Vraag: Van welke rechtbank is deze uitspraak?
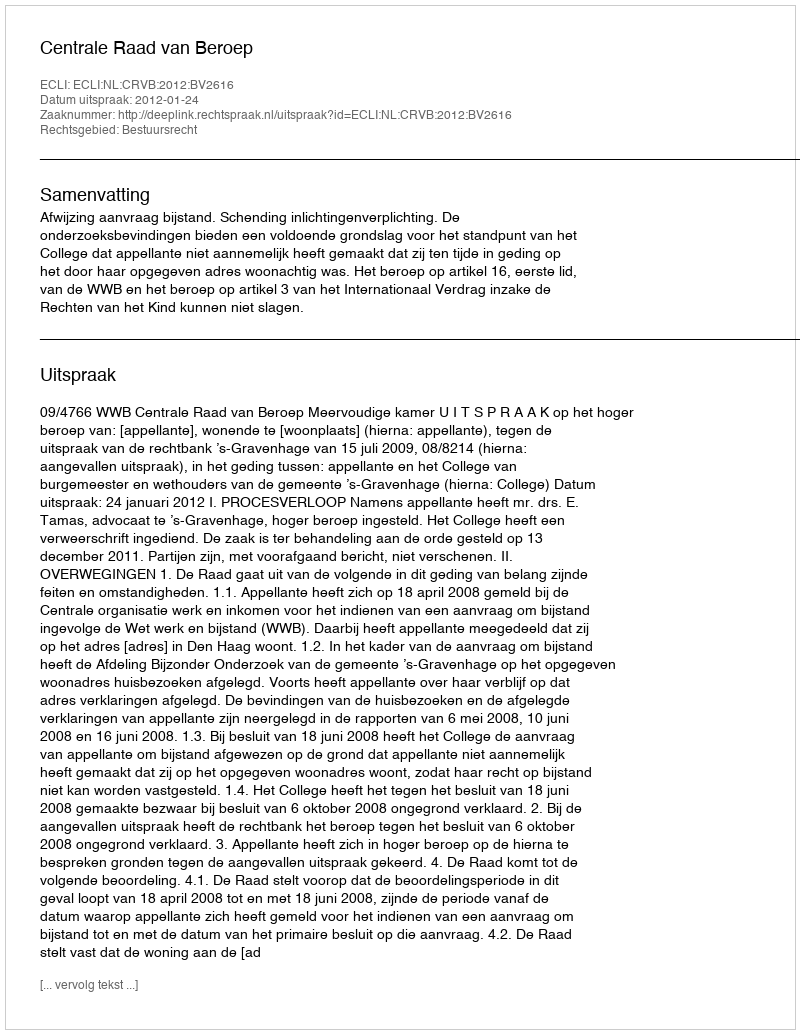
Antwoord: Centrale Raad van Beroep